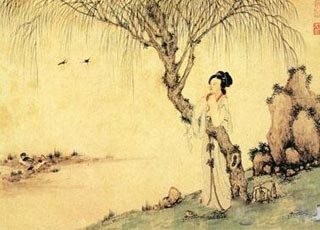
庭前时有东风入，杨柳千条尽向西。